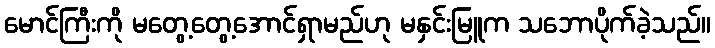
မောင်ကြီးကို မတွေ့တွေ့အောင်ရှာမည်ဟု မနှင်းမြူက သဘောပိုက်ခဲ့သည်။